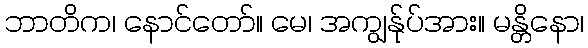
ဘာတိက၊ နောင်တော်။ မေ၊ အကျွန်ုပ်အား။ မန္တိနော၊